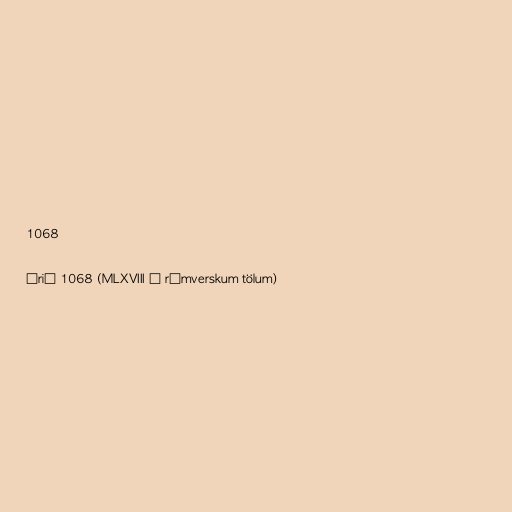
1068

Árið 1068 (MLXVIII í rómverskum tölum)